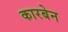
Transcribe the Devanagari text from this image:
कारबेन